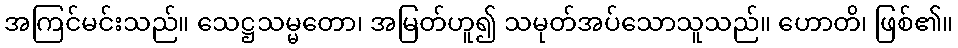
အကြင်မင်းသည်။ သေဋ္ဌသမ္မတော၊ အမြတ်ဟူ၍ သမုတ်အပ်သောသူသည်။ ဟောတိ၊ ဖြစ်၏။